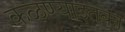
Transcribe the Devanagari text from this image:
कळण्याइतका